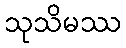
သုသိမဿ